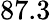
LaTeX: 87.3